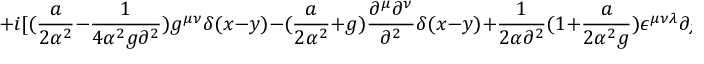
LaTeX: + i [ ( { \frac { a } { 2 \alpha ^ { 2 } } } - { \frac { 1 } { 4 \alpha ^ { 2 } g \partial ^ { 2 } } } ) g ^ { \mu \nu } \delta ( x - y ) - ( { \frac { a } { 2 \alpha ^ { 2 } } } + g ) { \frac { \partial ^ { \mu } \partial ^ { \nu } } { \partial ^ { 2 } } } \delta ( x - y ) + { \frac { 1 } { 2 \alpha \partial ^ { 2 } } } ( 1 + { \frac { a } { 2 \alpha ^ { 2 } g } } ) \epsilon ^ { \mu \nu \lambda } \partial _ { \lambda } \delta ( x - y ) ] .